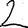
Digit: 2